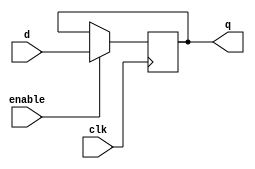
module ex17(output wire q , 
	    input wire enable, 
	    input wire clk, 
	    input wire d);
   reg 		       qr;   
   always @(posedge clk)
     if (enable)
       qr <= d;
   assign q = qr;
endmodule